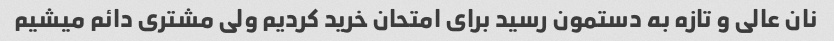
نان عالی و تازه به دستمون رسید برای امتحان خرید کردیم ولی مشتری دائم میشیم